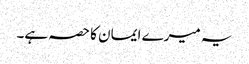
یہ میرے ایمان کا حصہ ہے۔